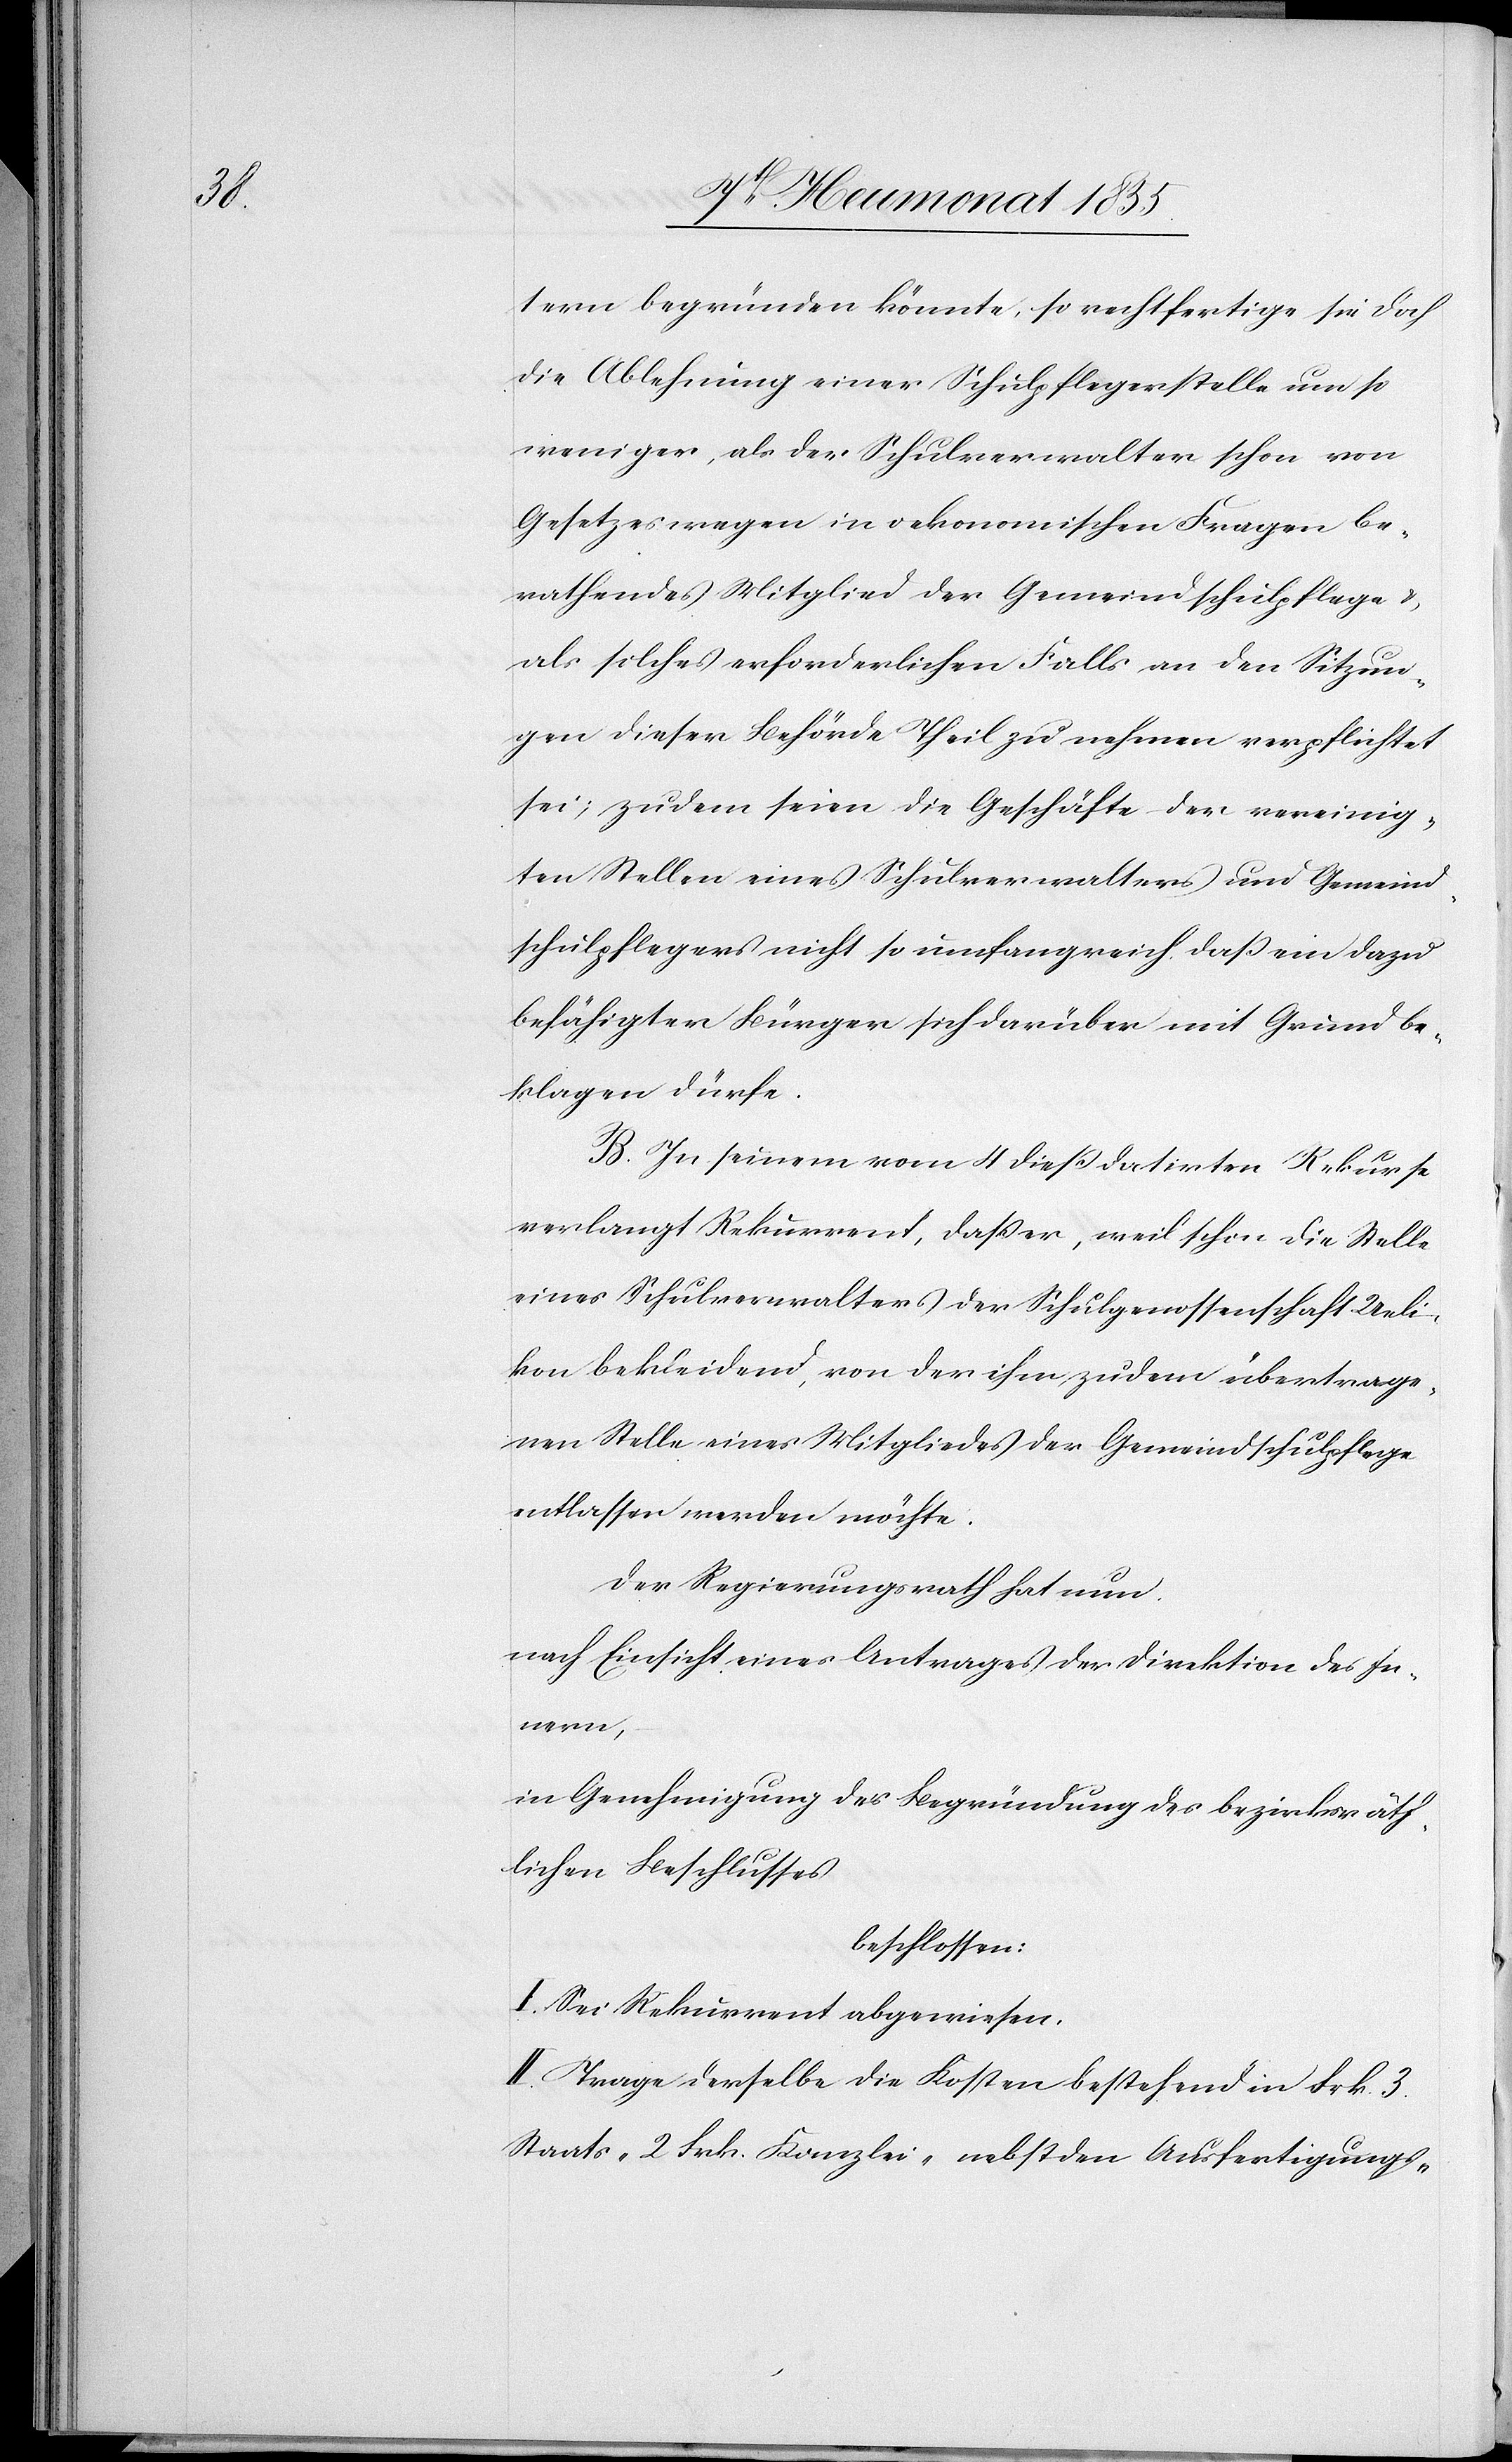
sräth¬

tern begründen könnte, so rechtfertige sie doch
die Ablehnung einer Schulpflegerstelle um so
weniger, als der Schulverwalter schon von
Gesetzeswegen in oekonomischen Fragen be¬
rathendes Mitglied der Gemeindschulpflege &
als solches erforderlichen Falls an den Sitzun¬
gen dieser Behörde Theil zu nehmen verpflichtet
sei; zudem seien die Geschäfte der vereinig¬
ten Stellen eines Schulverwalters und Gemeind¬
schulpflegers nicht so umfangreich, daß ein dazu
befähigter Bürger sich darüber mit Grund be¬
klagen dürfe.
B. In seinem vom 4 dieß datirten Rekurse
verlangt Rekurrent, daß er, weil schon die Stelle
eines Schulverwalters der Schulgenossenschaft Ueli¬
kon bekleidend, von der ihm zudem übertrage¬
nen Stelle eines Mitgliedes der Gemeindschulpflege
entlassen werden möchte.
Der Regierungsrath hat nun,
nach Einsicht eines Antrages der Direktion des In¬
nern,
lichen Beschlusses
beschlossen:
I. Sei Rekurrent abgewiesen.
II. Trage derselbe die Kosten bestehend in Frk. 3.
Staats-[,] 2 Frk. Kanzlei-[,] nebst den Ausfertigungs-